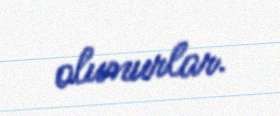
olunurlar.